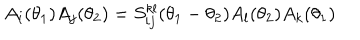
A _ { i } ( \theta _ { 1 } ) A _ { j } ( \theta _ { 2 } ) = S _ { i j } ^ { k l } ( \theta _ { 1 } - \theta _ { 2 } ) A _ { l } ( \theta _ { 2 } ) A _ { k } ( \theta _ { 1 } )